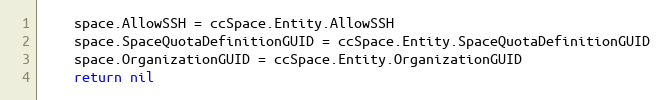
Language: Go
	space.AllowSSH = ccSpace.Entity.AllowSSH
	space.SpaceQuotaDefinitionGUID = ccSpace.Entity.SpaceQuotaDefinitionGUID
	space.OrganizationGUID = ccSpace.Entity.OrganizationGUID
	return nil